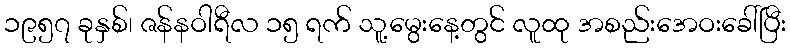
၁၉၅၇ ခုနှစ်၊ ဇန်နဝါရီလ ၁၅ ရက် သူ့မွေးနေ့တွင် လူထု အစည်းအေဝးခေါ်ပြီး